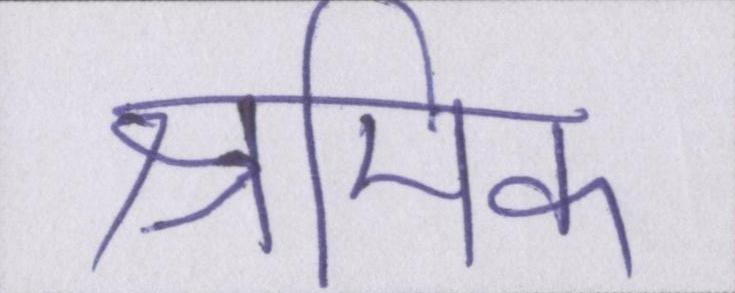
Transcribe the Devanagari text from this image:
श्रमिक